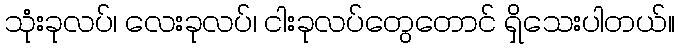
သုံးခုလပ်၊ လေးခုလပ်၊ ငါးခုလပ်တွေတောင် ရှိသေးပါတယ်။